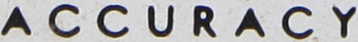
ACCURACY